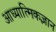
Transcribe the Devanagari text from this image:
आध्यात्मिकज्ञान